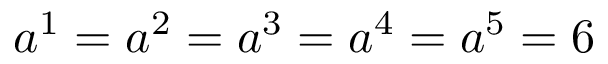
a ^ { 1 } = a ^ { 2 } = a ^ { 3 } = a ^ { 4 } = a ^ { 5 } = 6